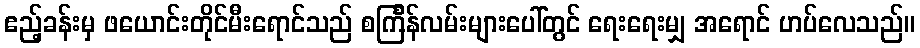
ဧည့်ခန်းမှ ဖယောင်းတိုင်မီးရောင်သည် စင်္ကြန်လမ်းများပေါ်တွင် ရေးရေးမျှ အရောင် ဟပ်လေသည်။